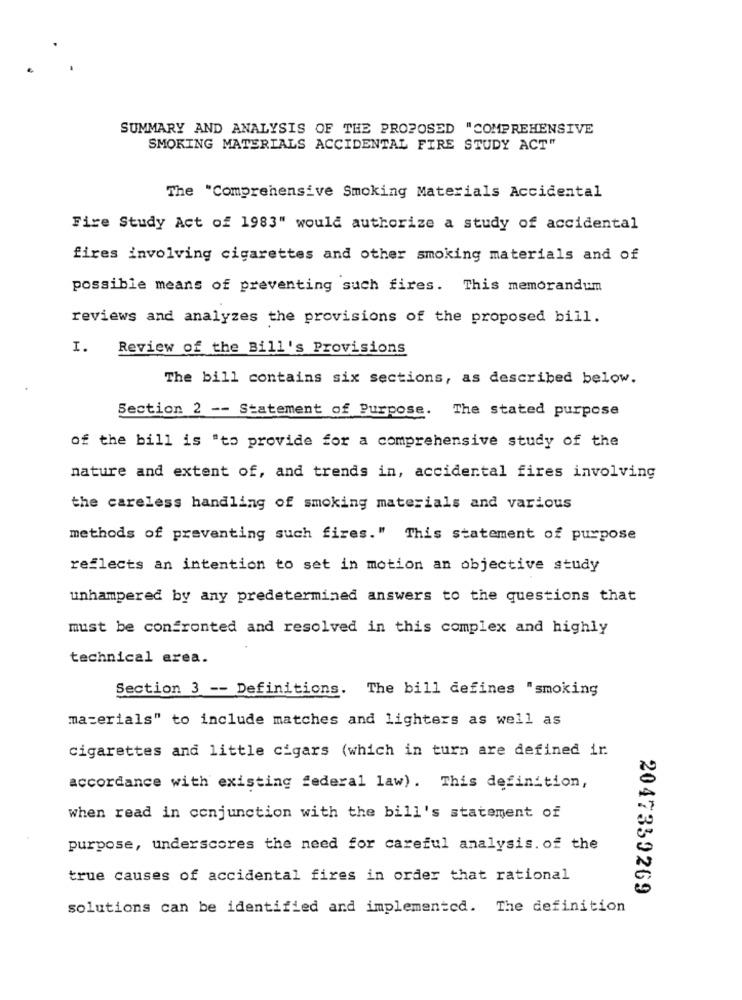
SUMMARY AND ANALYSIS OF THE PROPOSED "COMPREHENSIVE
SMOKING MATERIALS ACCIDENTAL FIRE STUDY ACT"
The "Comprehensive Smoking Materials Accidental
Fire Study Act of 1983" would authorize a study of accidental
fires involving cigarettes and other smoking materials and of
possible means of preventing such fires. This memorandum
reviews and analyzes the provisions of the proposed bill.
I.
Review of the Bill's Provisions
The bill contains six sections, as described below.
Section 2 -- Statement of Purpose. The stated purpose
of the bill is "to provide for a comprehensive study of the
nature and extent of, and trends in, accidental fires involving
the careless handling of smoking materials and various
methods of preventing such fires." This statement of purpose
reflects an intention to set in motion an objective study
unhampered by any predetermined answers to the questions that
must be confronted and resolved in this complex and highly
technical erea.
Section 3 -- Definitions. The bill defines "smoking
materials" to include matches and lighters as well as
cigarettes and little cigars (which in turn are defined ir
accordance with existing federal law). This definition,
when read in conjunction with the bill's statement of
purpose, underscores the need for careful analysis. of the
true causes of accidental fires in order that rational
2047359269
solutions can be identified and implemented. The definition